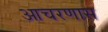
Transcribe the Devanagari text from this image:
आचरणास